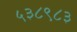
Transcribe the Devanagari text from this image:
५३८९८३